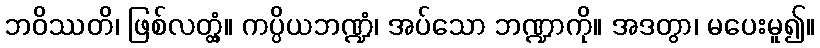
ဘဝိဿတိ၊ ဖြစ်လတ္တံ့။ ကပ္ပိယဘဏ္ဍံ၊ အပ်သော ဘဏ္ဍာကို။ အဒတွာ၊ မပေးမူ၍။